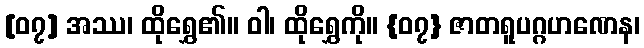
[၀၇] အဿ၊ ထိုရွှေ၏။ ဝါ၊ ထိုရွှေကို။ {၀၇} ဇာတရူပဂ္ဂဟဏေန၊